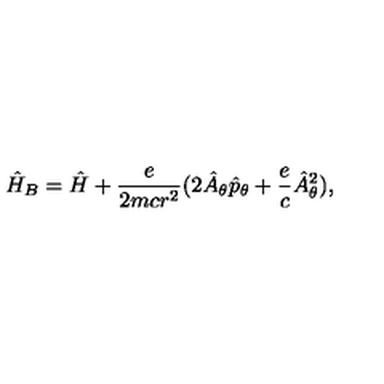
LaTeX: \hat { H } _ { B } = \hat { H } + \frac { e } { 2 m c r ^ { 2 } } ( 2 \hat { A } _ { \theta } \hat { p } _ { \theta } + \frac { e } { c } \hat { A } _ { \theta } ^ { 2 } ) ,